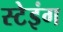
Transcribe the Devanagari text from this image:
स्टेइंग